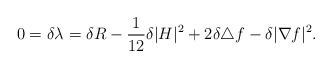
LaTeX: \begin{align*} 0=\delta \lambda=\delta R-\frac{1}{12}\delta|H|^2+2\delta\triangle f-\delta|\nabla f|^2.\end{align*}